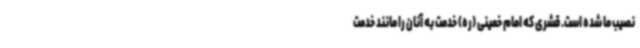
نصیب ما شده است. قشری که امام خمینی (ره) خدمت به آنان را مانند خدمت